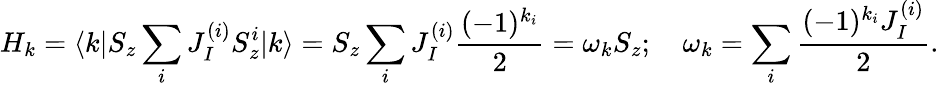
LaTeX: H_{k}=\langle k|S_{z}\sum_{i}J_{I}^{(i)}S_{z}^{i}|k\rangle=S_{z}\sum_{i}J_{I}^{(i)}\frac{(-1)^{k_{i}}}{2}=\omega_{k}S_{z};\quad\omega_{k}=\sum_{i}\frac{(-1)^{k_{i}}J_{I}^{(i)}}{2}.